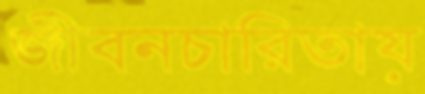
জীবনচারিতায়